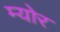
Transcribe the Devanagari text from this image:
म्‍योर